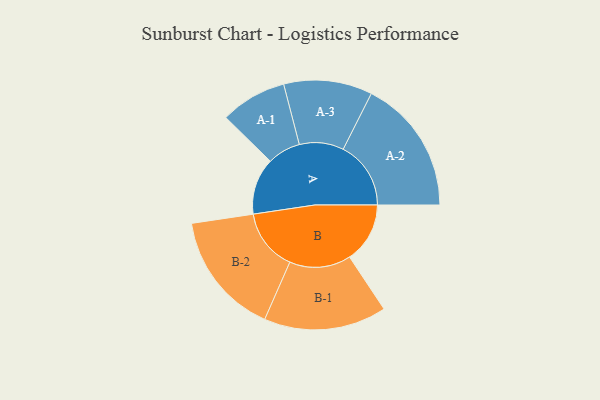
{"axis": {"x": "Segment", "y": "Value"}, "legend": ["", "A", "B"], "data": [{"x": "A", "y": 225, "type": ""}, {"x": "B", "y": 240, "type": ""}, {"x": "A-1", "y": 132, "type": "A"}, {"x": "A-2", "y": 269, "type": "A"}, {"x": "A-3", "y": 176, "type": "A"}, {"x": "B-1", "y": 244, "type": "B"}, {"x": "B-2", "y": 246, "type": "B"}]}